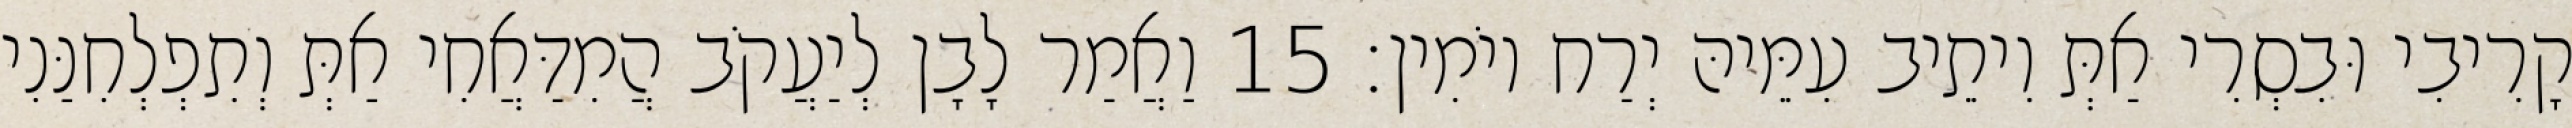
קָרִיבִי וּבִסְרִי אַתְּ וִיתֵיב עִמֵּיהּ יְרַח יוֹמִין׃ 15 וַאֲמַר לָבָן לְיַעֲקֹב הֲמִדַּאֲחִי אַתְּ וְתִפְלְחִנַּנִי